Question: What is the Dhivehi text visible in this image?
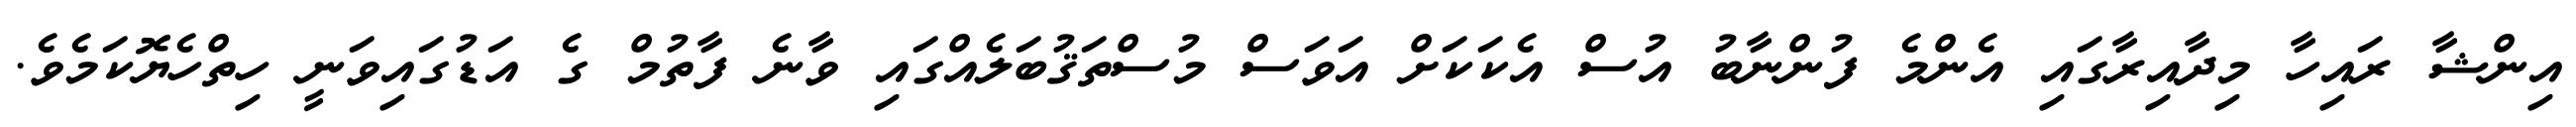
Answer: އިންޝާ ރައިހާ މިދާއިރާގައި އެންމެ ފުންނާބު އުސް އެކަކަށް އަވަސް މުސްތަޤުބަލެއްގައި ވާނެ ފާތުމް ގެ އަޑުގައިވަނީ ހިތްހެޔޮކަމެވެ.